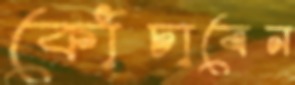
কোঁচাবেন